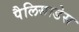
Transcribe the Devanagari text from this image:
पैलिसाडेस